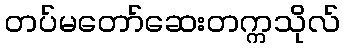
တပ်မတော်ဆေးတက္ကသိုလ်